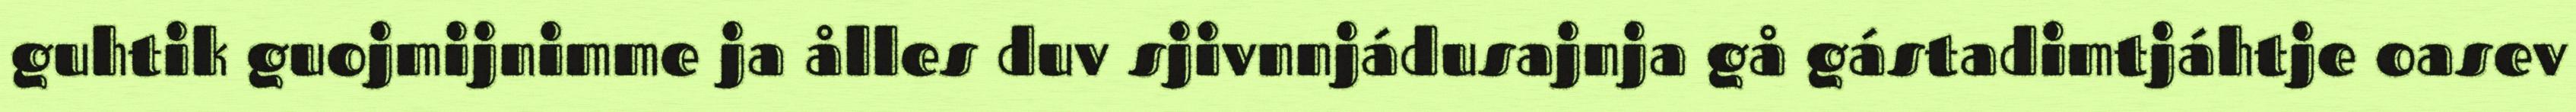
guhtik guojmijnimme ja ålles duv sjivnnjádusajnja gå gástadimtjáhtje oasev